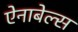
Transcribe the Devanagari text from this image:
ऐनाबेल्स